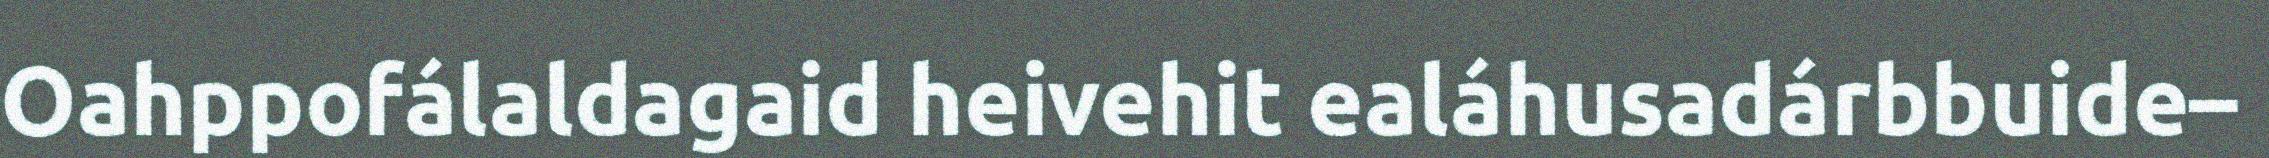
Oahppofálaldagaid heivehit ealáhusadárbbuide–